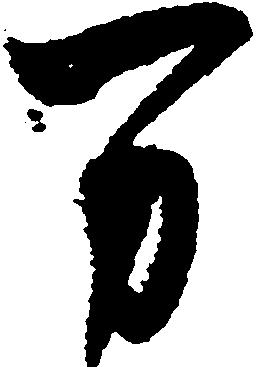
万